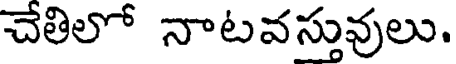
చేతిలో నాటవస్తువులు.